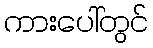
ကားပေါ်တွင်